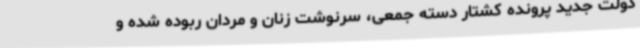
دولت جدید پرونده کشتار دسته جمعی، سرنوشت زنان و مردان ربوده شده و